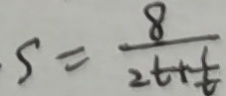
s = \frac { 8 } { 2 t + \frac { 1 } { t } }